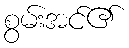
စွမ်းအင်၏